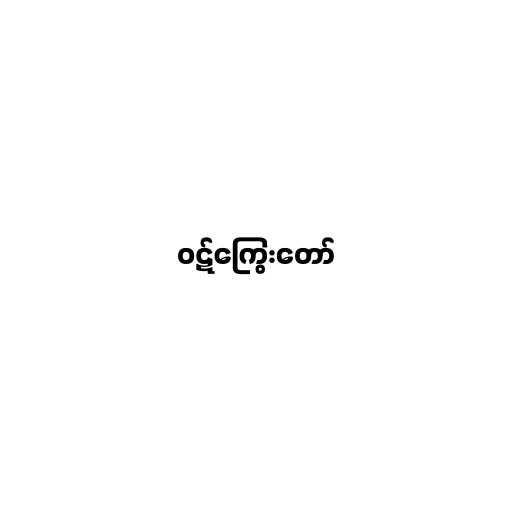
ဝဋ်ကြွေးတော်